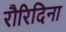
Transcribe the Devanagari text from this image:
रौरिदिना